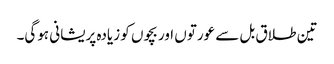
تین طلاق بل سے عورتوں اور بچوں کو زیادہ پریشانی ہوگی۔